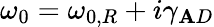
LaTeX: \omega_{0}=\omega_{0,R}+i\gamma_{\mathbf{A}D}